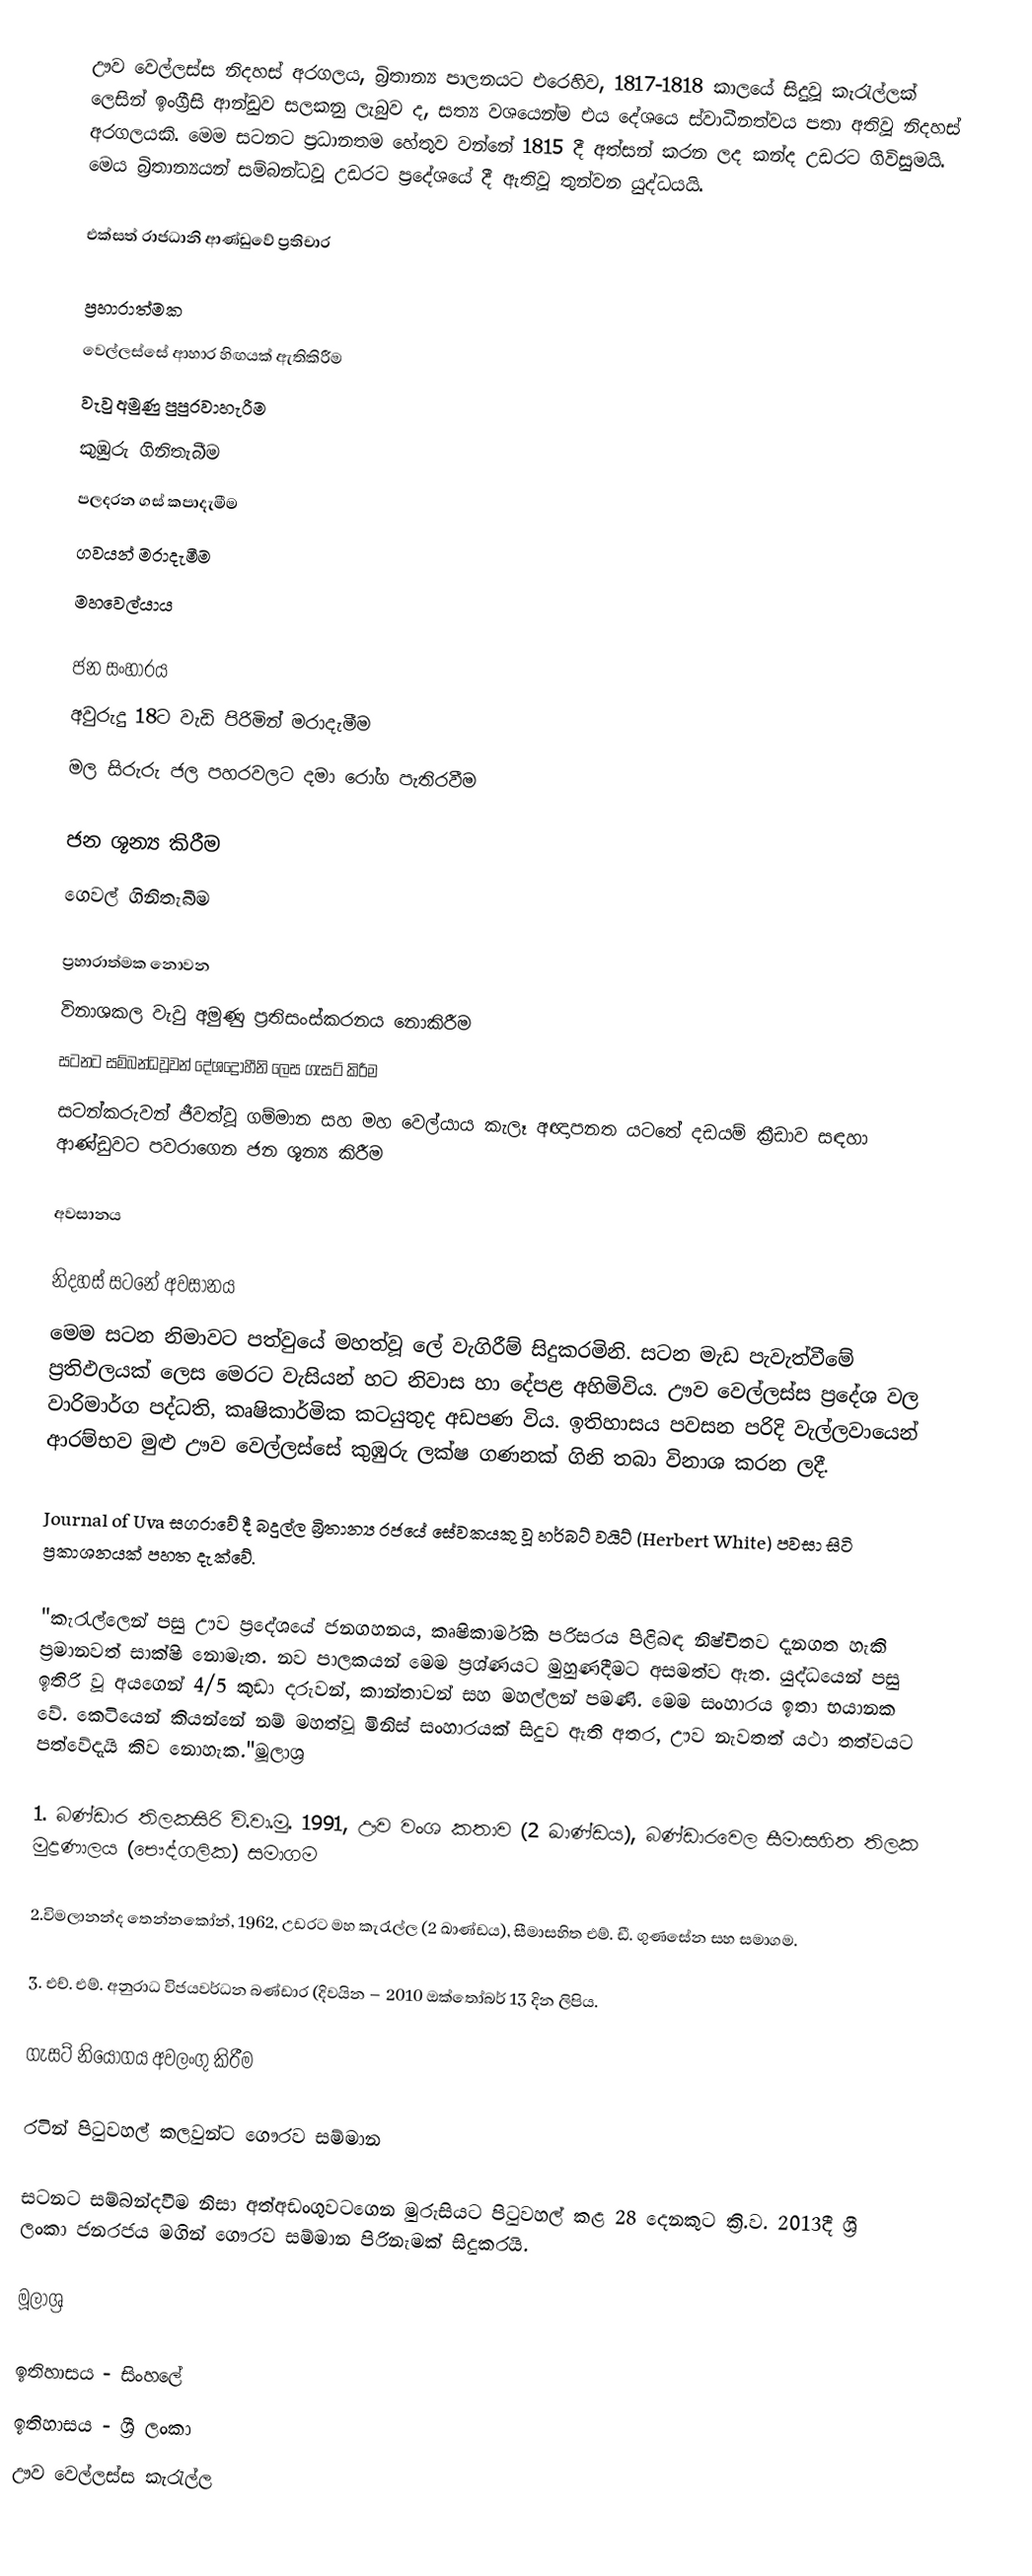
ඌව වෙල්ලස්ස නිදහස් අරගලය, බ්‍රිතාන්‍ය පාලනයට එරෙහිව, 1817-1818 කාලයේ සිදුවූ කැරැල්ලක් ලෙසින් ඉංග්‍රීසි  ආන්ඩුව සලකනු ලැබුව ද, සත්‍ය වශයෙන්ම එය දේශයෙ ස්වාධීනත්වය පතා අතිවූ නිදහස් අරගලයකි. මෙම සටනට ප්‍රධානතම හේතුව වන්නේ 1815 දී අත්සන් කරන ලද කන්ද උඩරට ගිවිසුමයි. මෙය බ්‍රිතාන්‍යයන් සම්බන්ධවූ උඩරට ප්‍රදේශයේ දී ඇතිවූ තුන්වන යුද්ධයයි.

එක්සත් රාජධානි ආණ්ඩුවේ ප්‍රතිචාර

ප්‍රහාරාත්මක
 වෙල්ලස්සේ ආහාර හිඟයක් ඇතිකිරීම
 වැවු අමුණු පුපුරවාහැරීම
 කුඹුරු ගිනිතැබීම
 පලදරන ගස් කපාදැමීම
 ගවයන් මරාදැමීම
 මහවෙල්යාය

 ජන සංහාරය
 අවුරුදු 18ට වැඩි පිරිමින් මරාදැමීම
 මල සිරුරු ජල පහරවලට දමා රෝග පැතිරවීම

 ජන ශූන්‍ය කිරීම
 ගෙවල් ගිනිතැබීම

ප්‍රහාරාත්මක නොවන
 විනාශකල වැවු අමුණු ප්‍රතිසංස්කරනය නොකිරීම
 සටනට සම්බන්ධවූවන් දේශද්‍රෝහීනි ලෙස ගැසට් කිරීම
 සටන්කරුවන් ජීවත්වූ ගම්මාන සහ මහ වෙල්යාය කැලෑ අඥාපනත යටතේ දඩයම් ක්‍රීඩාව සඳහා  ආණ්ඩුවට පවරාගෙන ජන ශූන්‍ය කිරීම

අවසානය

නිදහස් සටනේ අවසානය
මෙම සටන නිමාවට පත්වුයේ මහත්වූ ලේ වැගිරීම් සිදුකරමිනි. සටන මැඩ පැවැත්වීමේ  ප්‍රතිඵලයක් ලෙස මෙරට වැසියන් හට නිවාස හා දේපළ අහිමිවිය. ඌව වෙල්ලස්ස ප්‍රදේශ වල වාරිමාර්ග පද්ධති, කෘෂිකාර්මික කටයුතුද අඩපණ විය. ඉතිහාසය පවසන පරිදි වැල්ලවායෙන් ආරම්භව මුළු ඌව වෙල්ලස්සේ කුඹුරු ලක්ෂ ගණනක් ගිනි තබා විනාශ කරන ලදී.

Journal of Uva සගරාවේ දී බදුල්ල බ්‍රිතාන්‍ය රජයේ සේවකයකු වූ හර්බට් වයිට් (Herbert White) පවසා සිටි ප්‍රකාශනයක් පහත දැක්වේ.

"කැරැල්ලෙන් පසු ඌව ප්‍රදේශයේ ජනගහනය, කෘෂිකාර්මික පරිසරය පිළිබඳ නිෂ්චිතව දැනගත හැකි ප්‍රමානවත්  සාක්ෂි නොමැත. නව පාලකයන් මෙම ප්‍රශ්ණයට  මුහුණදීමට අසමත්ව ඇත. යුද්ධයෙන් පසු ඉතිරි වූ අයගෙන් 4/5 කුඩා දරුවන්, කාන්තාවන් සහ මහල්ලන් පමණි. මෙම සංහාරය ඉතා භයානක වේ. කෙටි‍යෙන් කියන්නේ නම් මහත්වූ මිනිස් සංහාරයක් සිදුව ඇති අතර, ඌව නැවතත් යථා තත්වයට පත්වේදැයි කිව නොහැක."මූලාශ්‍ර

1. බණ්‌ඩාර තිලකසිරි වි.වා.මු. 1991, ඌව වංශ කතාව (2 ඛාණ්‌ඩය), බණ්‌ඩාරවෙල සීමාසහිත තිලක මුද්‍රණාලය (පෞද්ගලික) සමාගම

2.විමලානන්ද තෙන්නකෝන්, 1962, උඩරට මහ කැරැල්ල (2 ඛාණ්‌ඩය), සීමාසහිත එම්. ඩී. ගුණසේන සහ සමාගම.

3. එච්. එම්. අනුරාධ විජයවර්ධන බණ්‌ඩාර (දිවයින – 2010 ඔක්තෝබර් 13 දින ලිපිය.

ගැසට් නියෝගය අවලංගු කිරීම

රටින් පිටුවහල් කලවුන්ට ගෞරව සම්මාන

සටනට සම්බන්දවීම නිසා අත්අඩංගුවටගෙන මුරුසියට පිටුවහල් කළ 28 දෙනකුට ක්‍රි.ව. 2013දී ශ්‍රී ලංකා ජනරජය මගින් ගෞරව සම්මාන පිරිනැමක් සිදුකරයි.

මූලාශ්‍ර

ඉතිහාසය - සිංහලේ
ඉතිහාසය - ශ්‍රී ලංකා
ඌව වෙල්ලස්ස කැරැල්ල